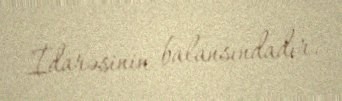
İdarəsinin balansındadır.